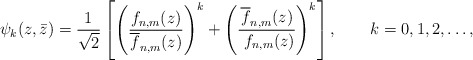
\begin{align*}\psi_k(z,\bar z)={1\over \sqrt 2} \left[ \left ( {f_{n, m}(z)\over\overline f_{n, m}(z)}\right)^{k}+\left ( {\overline {f}_{n, m}(z)\over \ f_{n, m}(z)}\right)^{k}\right],\qquad k=0,1,2,\ldots,\end{align*}